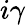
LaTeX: i\gamma